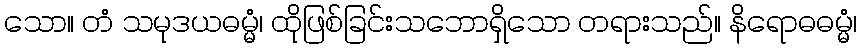
သော။ တံ သမုဒယဓမ္မံ၊ ထိုဖြစ်ခြင်းသဘောရှိသော တရားသည်။ နိရောဓဓမ္မံ၊